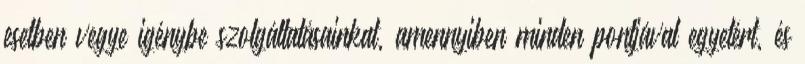
esetben vegye igénybe szolgáltatásainkat, amennyiben minden pontjával egyetért, és